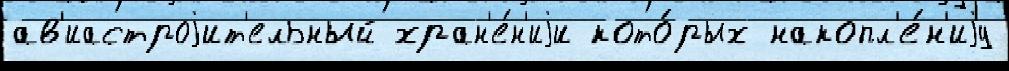
ав'иастроjит'ельный хран'е́н'иjи кото́рых накопл'е́н'иjу